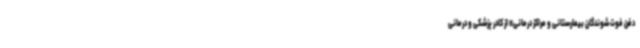
دفن فوت شوندگان بیمارستانی و مراکز درمانی» از کادر پزشکی و درمانی